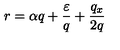
r = \alpha q + \frac { \varepsilon } { q } + \frac { q _ { x } } { 2 q }